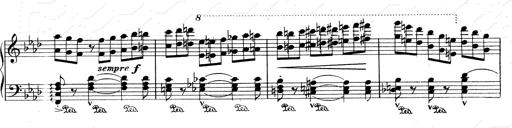
Title: Weinen, Klagen, Sorgen, Zagen
Composer: Franz Liszt